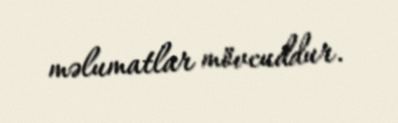
məlumatlar mövcuddur.